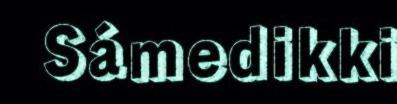
Sámedikki